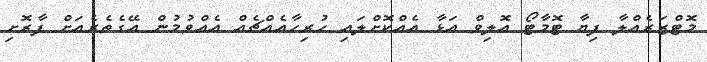
މޮޓްޒަރެއްލާ ފިޔާ ޓޮމާޓޯ އޮލިވް އަޅާ އެއްކޮށްލައި ހުރިހާއެއްޗެއް އެއްވުމުން އޭގެތެރެއަށް ފާރޮށި